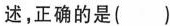
述，正确的是( )